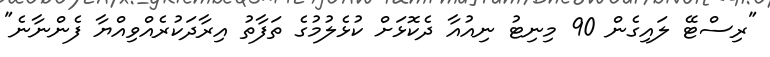
"ރިސްޓޭ ލައިގެން 90 މިނިޓު ނިއުއާ ދެކޮޅަށް ކުޅެލުމުގެ ތަފާތު އިރާދަކުރެއްވިއްޔާ ފެންނާނެ"